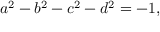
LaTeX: a ^ { 2 } - b ^ { 2 } - c ^ { 2 } - d ^ { 2 } = - 1 ,